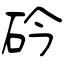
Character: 砛